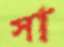
সা